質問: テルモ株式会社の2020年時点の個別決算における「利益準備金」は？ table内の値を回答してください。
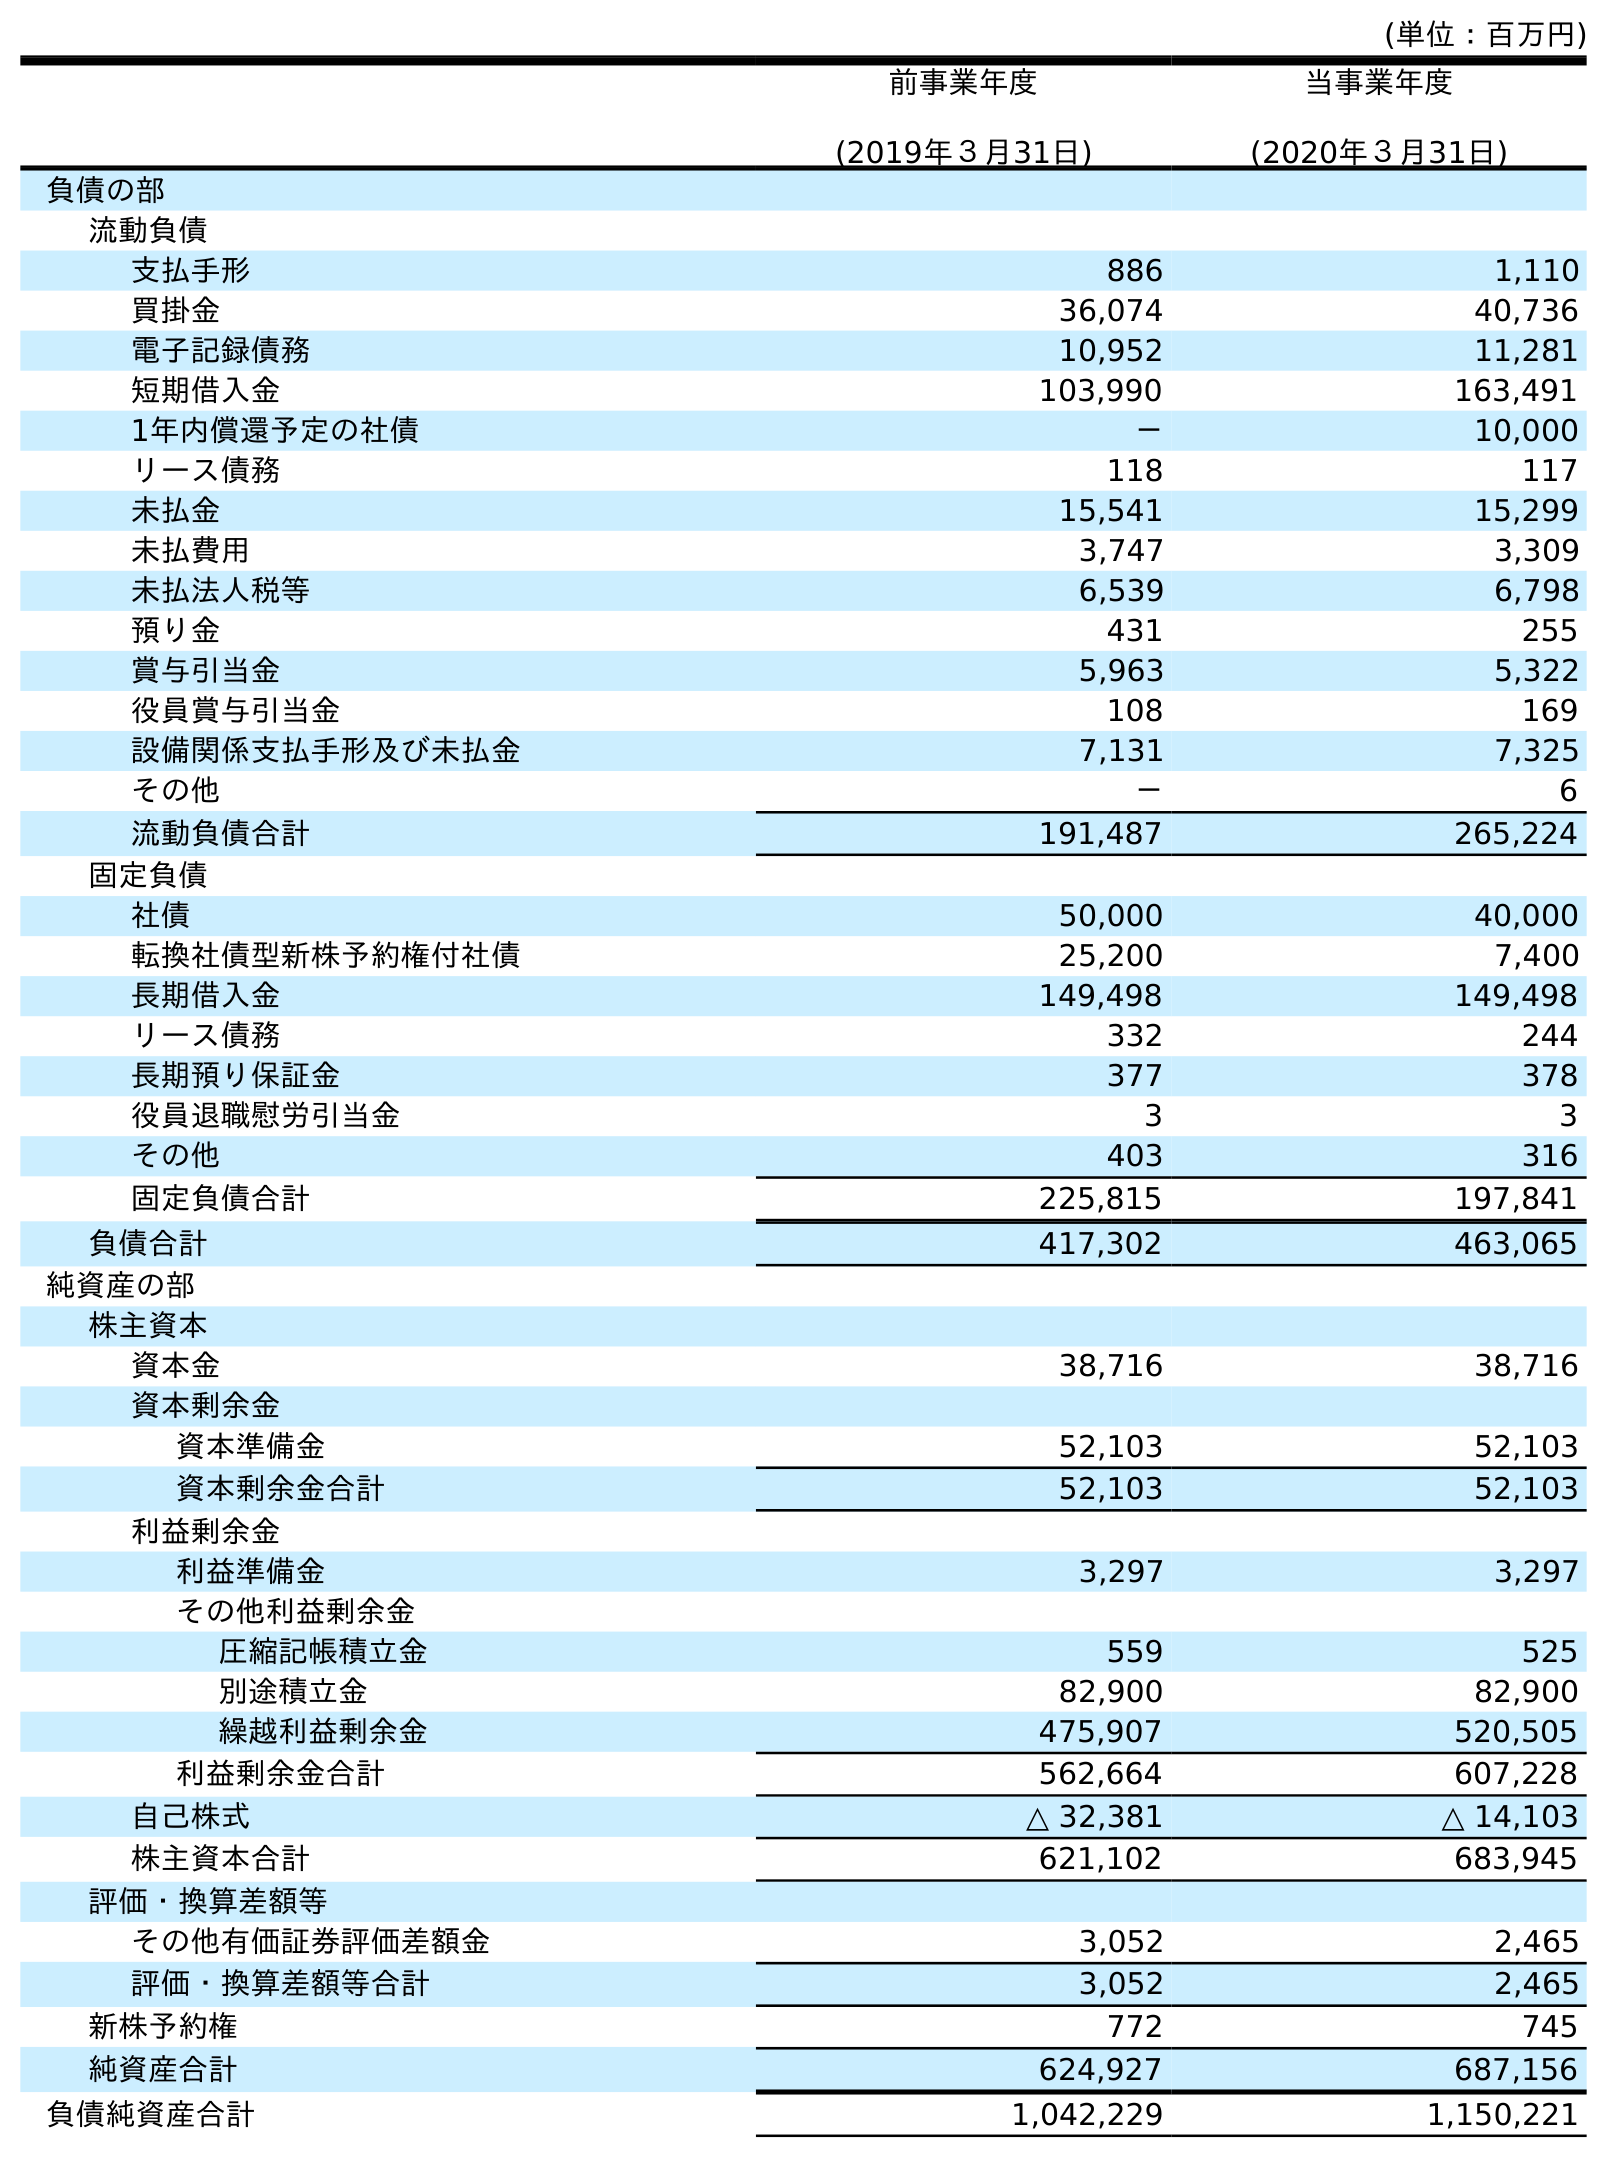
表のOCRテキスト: (単位：百万円) 前事業年度 (2019年３月31日) 当事業年度 (2020年３月31日) 負債の部 流動負債 支払手形 886 1,110 買掛金 36,074 40,736 電子記録債務 10,952 11,281 短期借入金 103,990 163,491 1年内償還予定の社債 － 10,000 リース債務 118 117 未払金 15,541 15,299 未払費用 3,747 3,309 未払法人税等 6,539 6,798 預り金 431 255 賞与引当金 5,963 5,322 役員賞与引当金 108 169 設備関係支払手形及び未払金 7,131 7,325 その他 － 6 流動負債合計 191,487 265,224 固定負債 社債 50,000 40,000 転換社債型新株予約権付社債 25,200 7,400 長期借入金 149,498 149,498 リース債務 332 244 長期預り保証金 377 378 役員退職慰労引当金 3 3 その他 403 316 固定負債合計 225,815 197,841 負債合計 417,302 463,065 純資産の部 株主資本 資本金 38,716 38,716 資本剰余金 資本準備金 52,103 52,103 資本剰余金合計 52,103 52,103 利益剰余金 利益準備金 3,297 3,297 その他利益剰余金 圧縮記帳積立金 559 525 別途積立金 82,900 82,900 繰越利益剰余金 475,907 520,505 利益剰余金合計 562,664 607,228 自己株式 △ 32,381 △ 14,103 株主資本合計 621,102 683,945 評価・換算差額等 その他有価証券評価差額金 3,052 2,465 評価・換算差額等合計 3,052 2,465 新株予約権 772 745 純資産合計 624,927 687,156 負債純資産合計 1,042,229 1,150,221
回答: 3,297